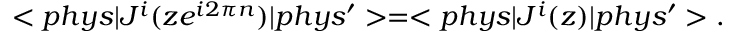
< p h y s | J ^ { i } ( z e ^ { i 2 \pi n } ) | p h y s ^ { \prime } > = < p h y s | J ^ { i } ( z ) | p h y s ^ { \prime } > .